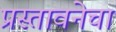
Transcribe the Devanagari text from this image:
प्रस्तावनेचा